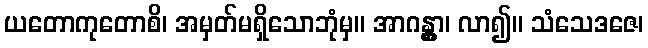
ယတောကုတောစိ၊ အမှတ်မရှိသောဘုံမှ။ အာဂန္တွာ၊ လာ၍။ သံသေဒဇေ၊